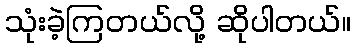
သုံးခဲ့ကြတယ်လို့ ဆိုပါတယ်။